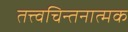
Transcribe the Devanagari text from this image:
तत्त्वचिन्तनात्मक